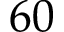
6 0